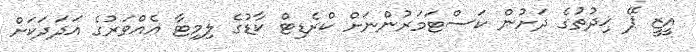
އީޒީ ޕޭ ޚިދުތުގެ ދަށުން ކަސްޓަމަރުންނަށް ކްރެޑިޓް ކާޑުގެ ލިމިޓާ އެއްވަރުގެ އަދަދަކަށް